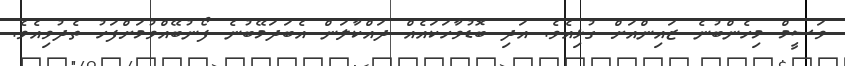
ވަސީމް މިހެންބުނެ ޒައިންއަށް ގުޅިއެވެ. އަދި ބޮޑުވާހަކައެއް ދައްކާލަން އެބަދަމޭބުނެ ފޯނުބޭއްވުމަށްފަހު ތެދުވިއެވެ.